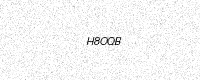
Text: H8OQB